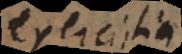
exerciti